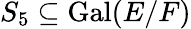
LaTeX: S_{5}\subseteq\operatorname{Gal}(E/F)